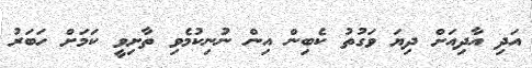
އަދި އާދިއަށް ދިޔަ ވަގުތު ކެބިން އިން ނުނިކުމެވި ތާށިވީ ކަމަށް ހަބަރު